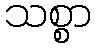
သစ္စာ